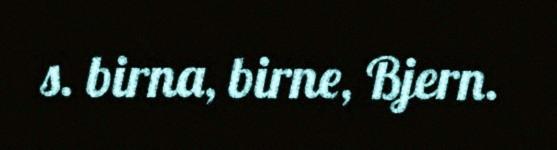
s. birna, birne, Bjern.